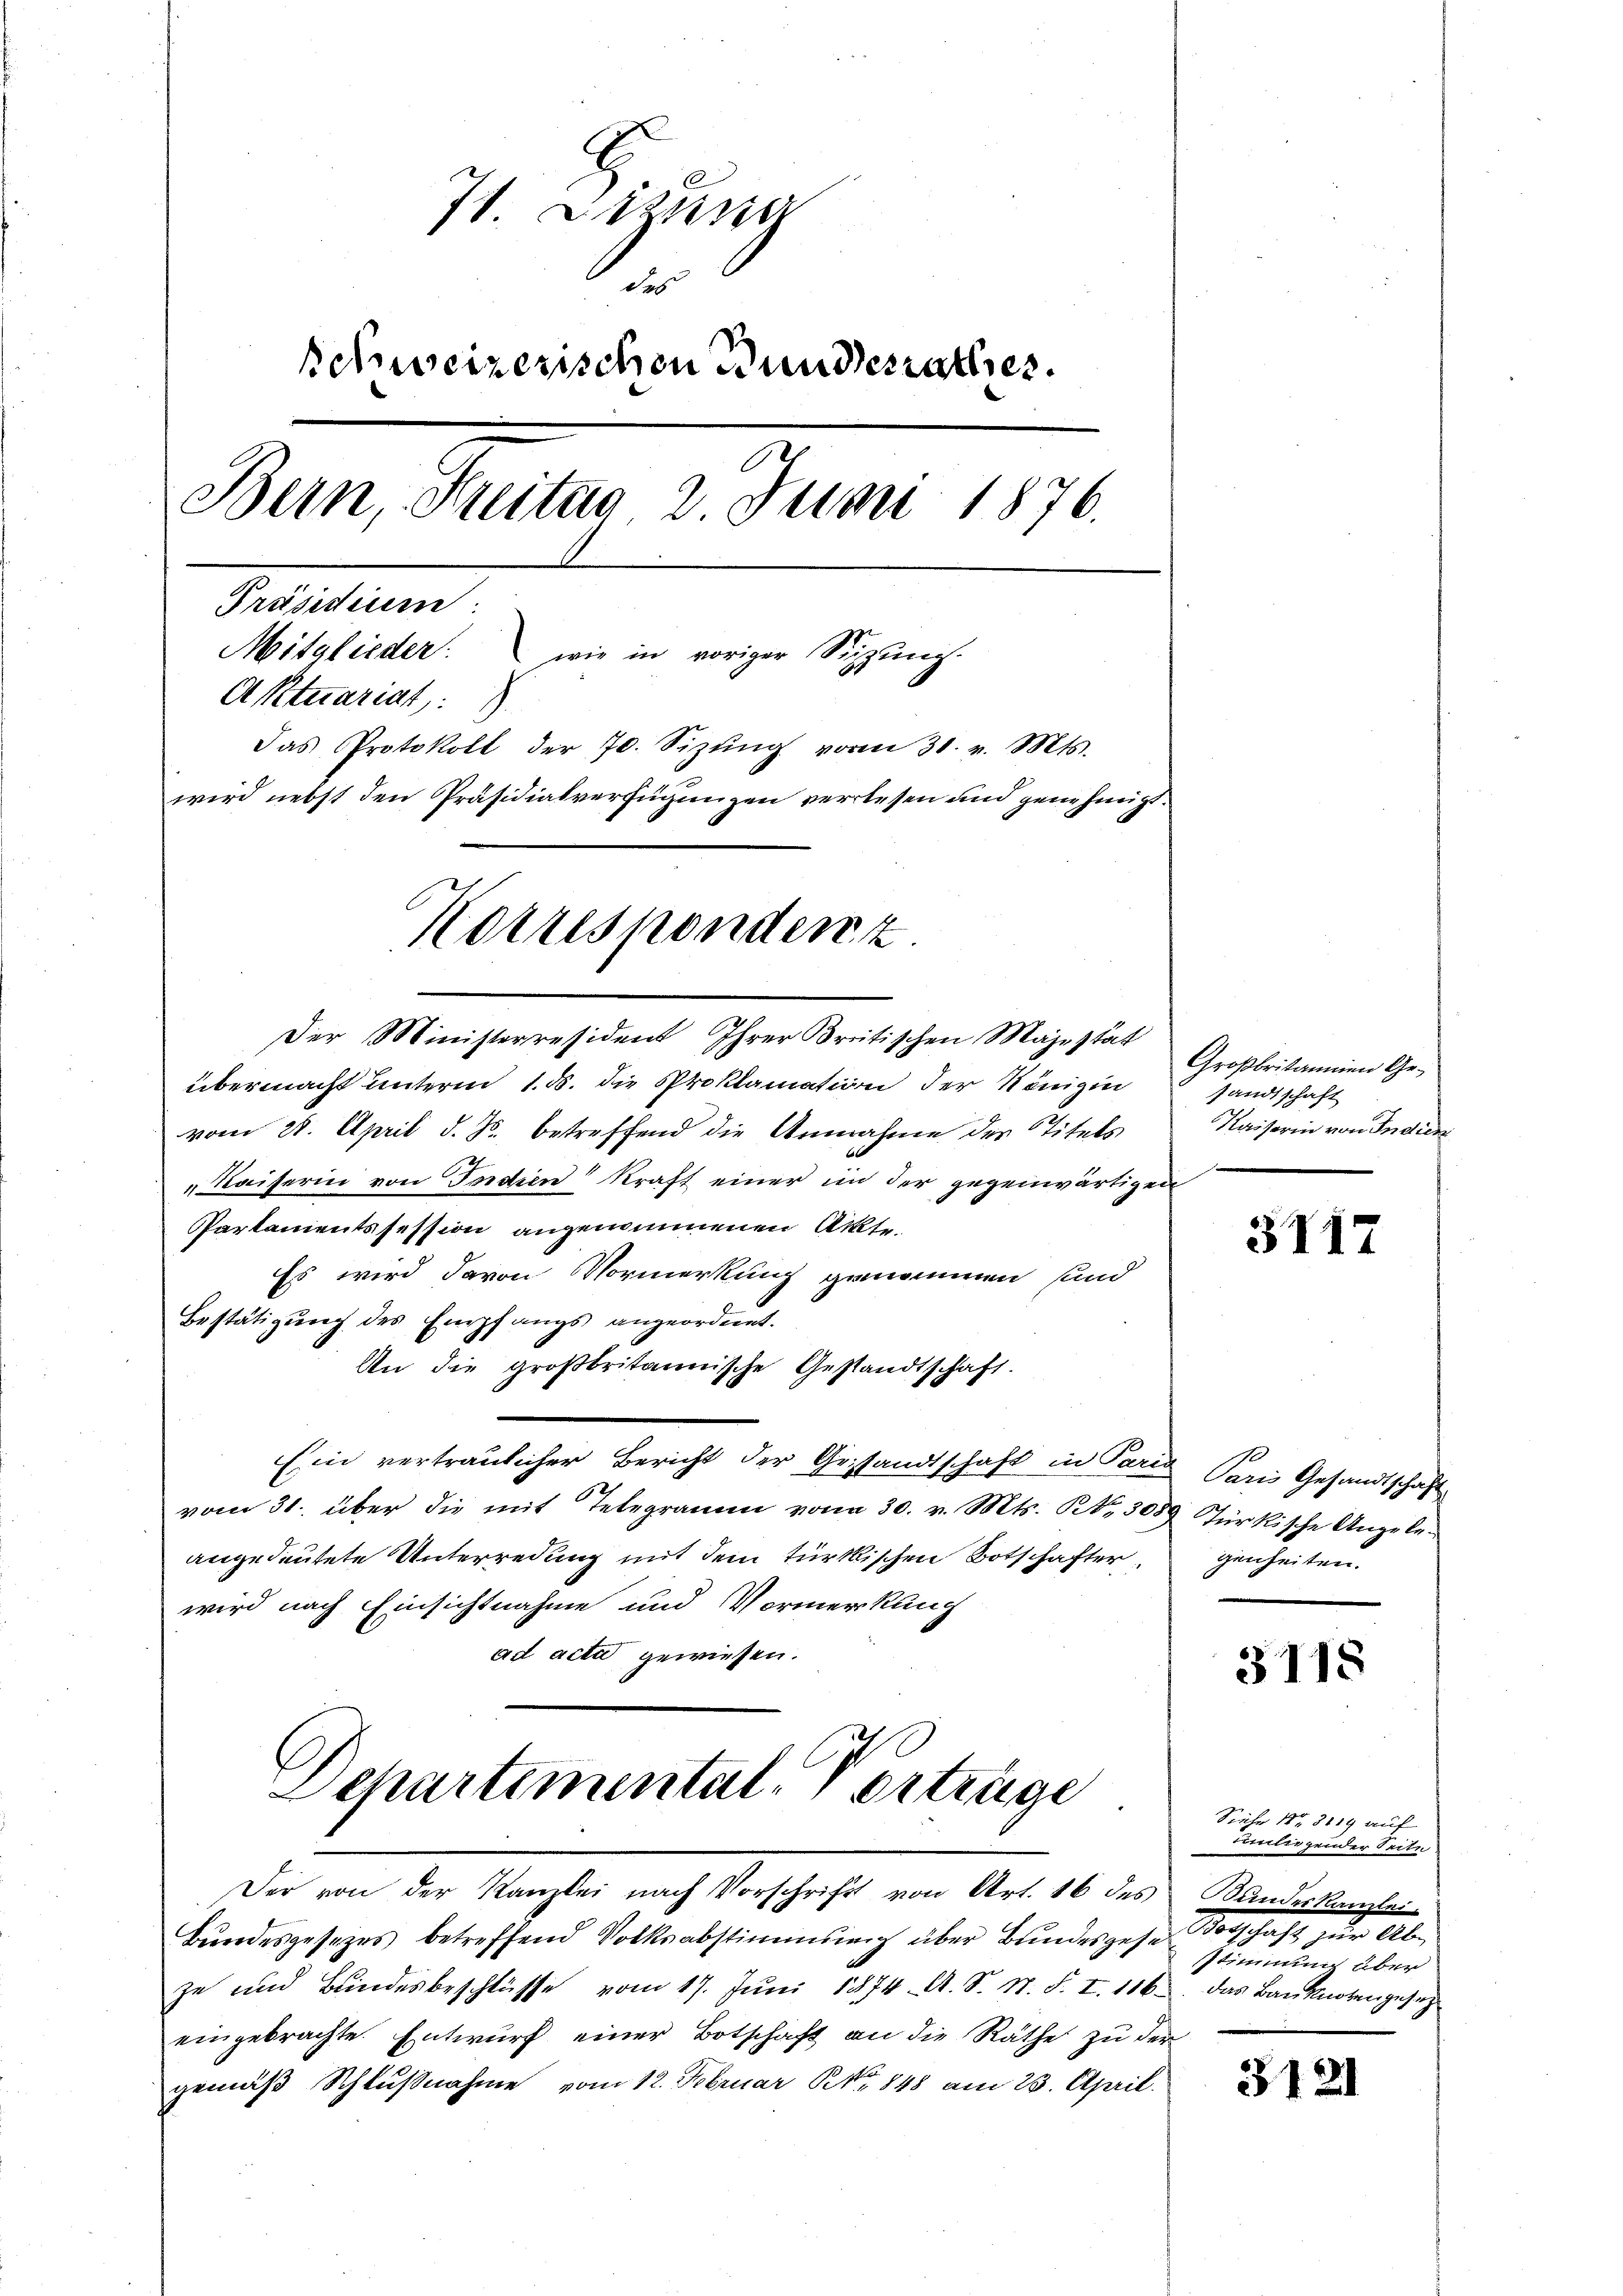
71. Lizung
des
schweizerischen Bundesrathes.
Bern, Freitag 2 Juni 1876.
Präsidium
Mitglieder: wie in voriger Sitzŭng.
Aktuariat:
Das Protokoll der 70. Sizŭng vom 31. v. Mts.
wird nebst den Präsidialverfügungen verlesen und genehmigt.
Korresponden z

Der Ministerressident Ihrer Britischen Majestat
übermacht unterm 1. d. die Proklamation der Königin
vom 28. April d. Js. betreffend die Annahme des Titels
Kaiserin von Jndien Kraft einer in der gegenwärtigen
Partementssession angenommenen Akte
Es wird davon Vormerkung genommen und
Bestätigung des Empfangs angeordnet.
An die großbritannische Gestandtschaft.
Ein vertraulicher Bericht der Gesandtschaft in Paria Paris Gesandtschaft
vom 31. über die mit Telegramm von 30. v. Mts. S. 3089 Türkische Angeleangedeutete Unterredung mit dem türkischen Botschafter
wird nach Einsichtnahme und Vormerkung
ad acti gewiesen.

Bundesgesezes betreffend Volksabstimmung über Bundesgese Totschaft zur Ab
ze und Bundesbeschlüsse vom 17. Jŭni 1874 A. S. N. F. I. 116. Das Banknotengesetz
eingebrachte. Entwurf einer Botschaft an die Räthe zu der
gemäß Schlußnahme vom 12. Februar P. Nr. 848 am 23. April.

Departimental. Vertrüge
Der von der Kanzlei nach Vorschrift von Art. 16 des Kander Kanzlei-

Großbritannien Gesandtschaft
Kaiserin von Indie.

5117

genheiten.

3118

Siehe No 8119 auf
Tintergender Seite
sstimmung über

3121